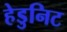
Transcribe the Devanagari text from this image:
हेडुनिट